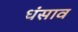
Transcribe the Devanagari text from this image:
धंसाव